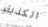
الكذبة